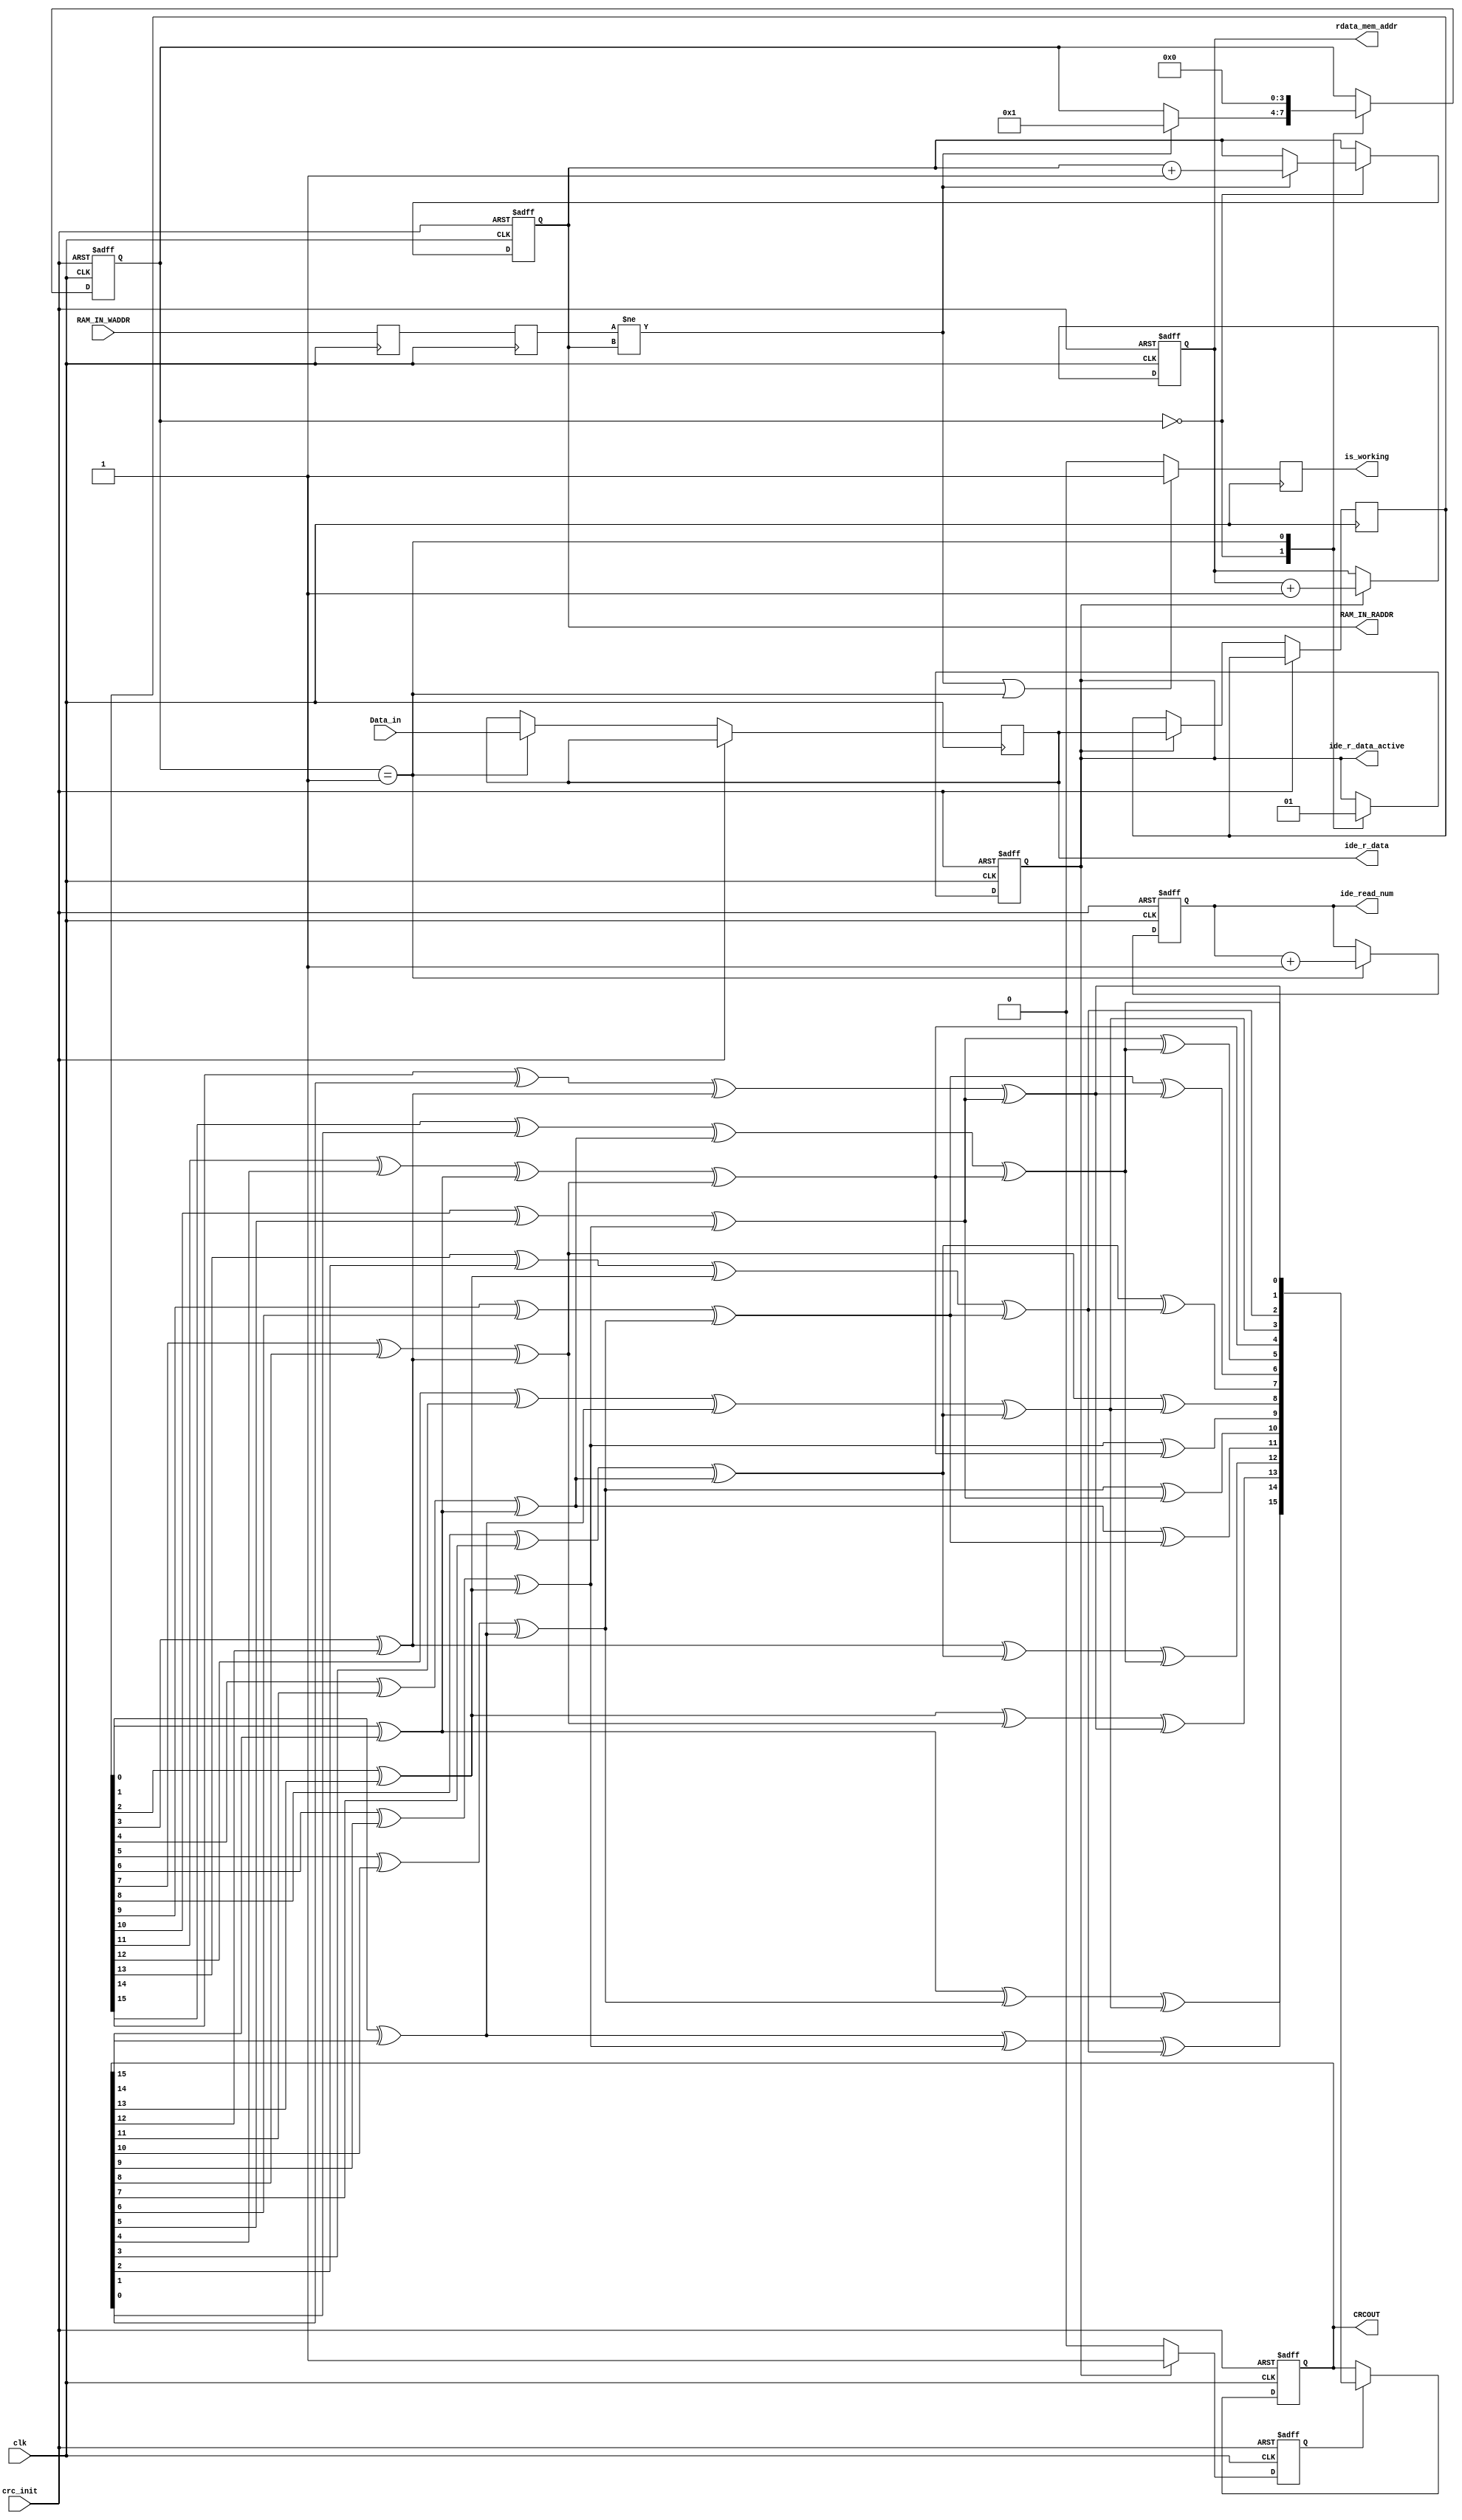
module crc_and_count(
			input clk,
			input crc_init,
			input [15:0] Data_in,
			input [4:0] RAM_IN_WADDR,
			
			output reg [15:0] CRCOUT,
			output reg [24:0] ide_read_num,
			output reg [4:0]  RAM_IN_RADDR,
			
			output reg [15:0] ide_r_data,
			output reg ide_r_data_active,
			output reg [9:0] rdata_mem_addr,
			output reg is_working
			);


reg [15:0] DD;
wire [16:1] FDBK;
wire [15:0] CRCIN;
		

assign	FDBK[1] = DD[0]^CRCOUT[15];
assign	FDBK[2] = DD[1]^CRCOUT[14];
assign	FDBK[3] = DD[2]^CRCOUT[13];
assign	FDBK[4] = DD[3]^CRCOUT[12];
assign	FDBK[5] = DD[4]^CRCOUT[11]^FDBK[1];
assign	FDBK[6] = DD[5]^CRCOUT[10]^FDBK[2];
assign	FDBK[7] = DD[6]^CRCOUT[9]^FDBK[3];
assign	FDBK[8] = DD[7]^CRCOUT[8]^FDBK[4];
assign	FDBK[9] = DD[8]^CRCOUT[7]^FDBK[5];
assign	FDBK[10] = DD[9]^CRCOUT[6]^FDBK[6];
assign	FDBK[11] = DD[10]^CRCOUT[5]^FDBK[7];
assign	FDBK[12] = DD[11]^CRCOUT[4]^FDBK[1]^FDBK[8];
assign	FDBK[13] = DD[12]^CRCOUT[3]^FDBK[2]^FDBK[9];
assign	FDBK[14] = DD[13]^CRCOUT[2]^FDBK[3]^FDBK[10];
assign	FDBK[15] = DD[14]^CRCOUT[1]^FDBK[4]^FDBK[11];
assign	FDBK[16] = DD[15]^CRCOUT[0]^FDBK[5]^FDBK[12];

assign	CRCIN[0] = FDBK[16];
assign	CRCIN[1] = FDBK[15];
assign	CRCIN[2] = FDBK[14];
assign	CRCIN[3] = FDBK[13];
assign	CRCIN[4] = FDBK[12];
assign	CRCIN[5] = FDBK[11]^FDBK[16];
assign	CRCIN[6] = FDBK[10]^FDBK[15];
assign	CRCIN[7] = FDBK[9]^FDBK[14];
assign	CRCIN[8] = FDBK[8]^FDBK[13];
assign	CRCIN[9] = FDBK[7]^FDBK[12];
assign	CRCIN[10] = FDBK[6]^FDBK[11];
assign	CRCIN[11] = FDBK[5]^FDBK[10];
assign	CRCIN[12] = FDBK[4]^FDBK[9]^FDBK[16];
assign	CRCIN[13] = FDBK[3]^FDBK[8]^FDBK[15];
assign	CRCIN[14] = FDBK[2]^FDBK[7]^FDBK[14];
assign	CRCIN[15] = FDBK[1]^FDBK[6]^FDBK[13];


reg [4:0] RAM_IN_WADDR_s1,RAM_IN_WADDR_s2;

always @(posedge clk)
begin
	RAM_IN_WADDR_s1<=RAM_IN_WADDR;
	RAM_IN_WADDR_s2<=RAM_IN_WADDR_s1;
	
	if((RAM_IN_WADDR_s2!=RAM_IN_RADDR) || (state==get_crc))
		is_working<=1;
	else
		is_working<=0;	
end

reg [3:0] state;
parameter idle=4'd0,get_crc=4'd1;
reg get_a_crc;
always @(posedge clk or posedge crc_init)
if(crc_init)
begin
	ide_read_num<=0;
	ide_r_data_active<=0;
	RAM_IN_RADDR<=0;
	state<=idle;
end
else
	case(state)
	idle:
	begin
		ide_r_data_active<=0;
		if(RAM_IN_WADDR_s2!=RAM_IN_RADDR)
		begin
			RAM_IN_RADDR<=RAM_IN_RADDR+5'd1;
			state<=get_crc;	
		end
	end
	get_crc:
	begin
		ide_r_data_active<=1;
		ide_r_data<=Data_in;
		ide_read_num<=ide_read_num+25'd1;
		state<=idle;		
	end
	endcase
	
always @(posedge clk or posedge crc_init)
if(crc_init)
begin
	CRCOUT<=16'h4ABA;
	get_a_crc<=0;
end
else
begin
	if(ide_r_data_active)
	begin
		DD<=ide_r_data;
		get_a_crc<=1;
	end
	else 
	begin
		DD<=DD;
		get_a_crc<=0;
	end
	
	if(get_a_crc)
		CRCOUT<=CRCIN;
end
		

	
always @(posedge clk or posedge crc_init)
if(crc_init)
	rdata_mem_addr<=0;
else
	if(ide_r_data_active)
		rdata_mem_addr<=rdata_mem_addr+10'd1;
	
endmodule